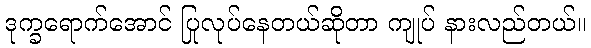
ဒုက္ခရောက်အောင် ပြုလုပ်နေတယ်ဆိုတာ ကျုပ် နားလည်တယ်။